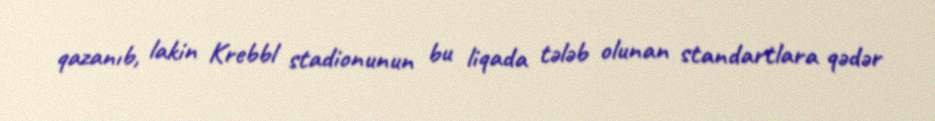
qazanıb, lakin Krebbl stadionunun bu liqada tələb olunan standartlara qədər